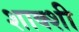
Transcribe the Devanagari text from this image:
शाक्शी